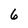
Character: 6